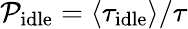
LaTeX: \mathcal{P}_{\mathrm{{idle}}}=\left<\tau_{\mathrm{{idle}}}\right>/\tau